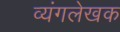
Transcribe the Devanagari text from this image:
व्यंगलेखक